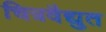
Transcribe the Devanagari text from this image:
चित्रवैद्युत